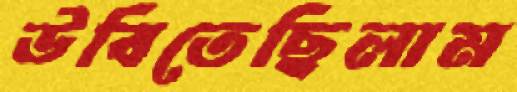
উবিতেছিলাম